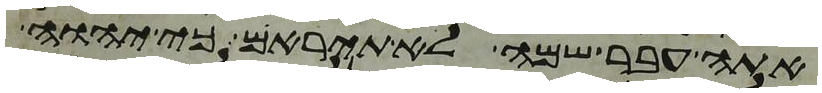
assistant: אתה עבר שמה לא תיראם כי יהוה